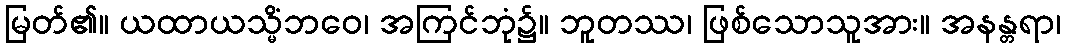
မြတ်၏။ ယထာယသ္မိံဘဝေ၊ အကြင်ဘုံ၌။ ဘူတဿ၊ ဖြစ်သောသူအား။ အနန္တရာ၊